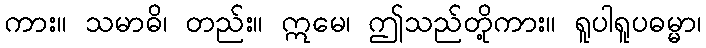
ကား။ သမာဓိ၊ တည်း။ ဣမေ၊ ဤသည်တို့ကား။ ရူပါရူပဓမ္မာ၊